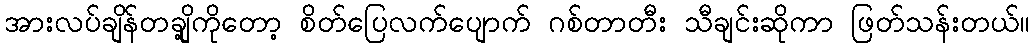
အားလပ်ချိန်တချို့ကိုတော့ စိတ်ပြေလက်ပျောက် ဂစ်တာတီး သီချင်းဆိုကာ ဖြတ်သန်းတယ်။